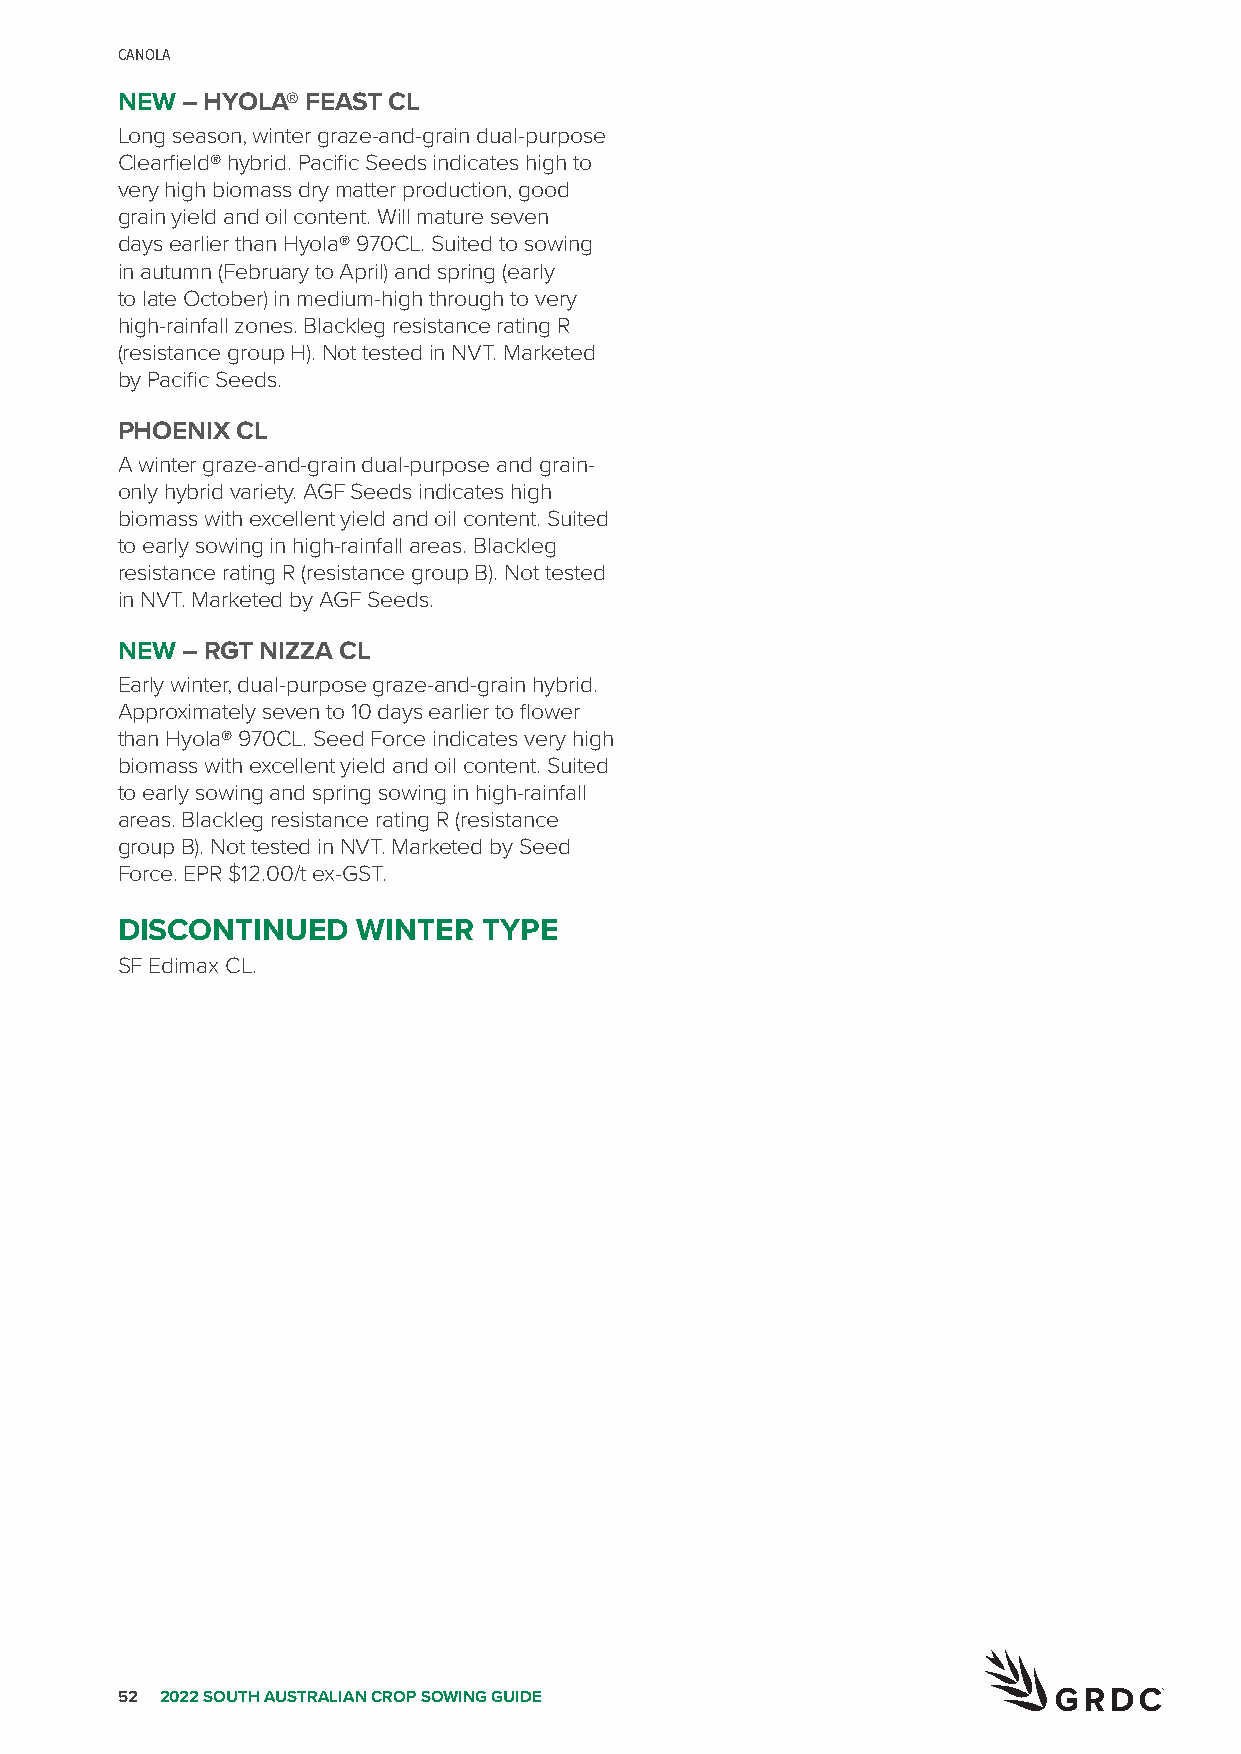
CANOLA
 NEW – HYOLA® FEAST CL
 Long season, winter graze-and-grain dual-purpose
 Clearfield® hybrid. Pacific Seeds indicates high to
 very high biomass dry matter production, good
 grain yield and oil content. Will mature seven
 days earlier than Hyola® 970CL. Suited to sowing
 in autumn (February to April) and spring (early
 to late October) in medium-high through to very
 high-rainfall zones. Blackleg resistance rating R
 (resistance group H). Not tested in NVT. Marketed
 by Pacific Seeds.
 PHOENIX CL
 A winter graze-and-grain dual-purpose and grain-
 only hybrid variety. AGF Seeds indicates high
 biomass with excellent yield and oil content. Suited
 to early sowing in high-rainfall areas. Blackleg
 resistance rating R (resistance group B). Not tested
 in NVT. Marketed by AGF Seeds.
 NEW – RGT NIZZA CL
 Early winter, dual-purpose graze-and-grain hybrid.
 Approximately seven to 10 days earlier to flower
 than Hyola® 970CL. Seed Force indicates very high
 biomass with excellent yield and oil content. Suited
 to early sowing and spring sowing in high-rainfall
 areas. Blackleg resistance rating R (resistance
 group B). Not tested in NVT. Marketed by Seed
 Force. EPR $12.00/t ex-GST.
 DISCONTINUED    WINTER  TYPE
 SF Edimax CL.
 52 2022 SOUTH AUSTRALIAN CROP SOWING GUIDE